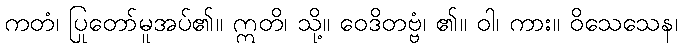
ကတံ၊ ပြုတော်မူအပ်၏။ ဣတိ၊ သို့။ ဝေဒိတဗ္ဗံ၊ ၏။ ဝါ၊ ကား။ ဝိသေသေန၊